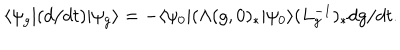
\langle \psi _ { g } | ( d / d t ) | \psi _ { g } \rangle = - \langle \psi _ { 0 } | ( \Lambda ( g , 0 ) _ { \ast } | \psi _ { 0 } \rangle ( L _ { g } ^ { - 1 } ) _ { \ast } d { g } / d t .